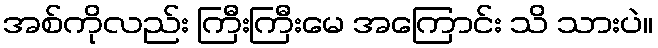
အစ်ကိုလည်း ကြီးကြီးမေ အကြောင်း သိ သားပဲ။